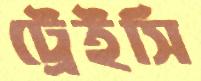
ট্রেইসি